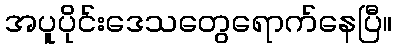
အပူပိုင်းဒေသတွေရောက်နေပြီ။